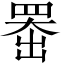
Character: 𫥨